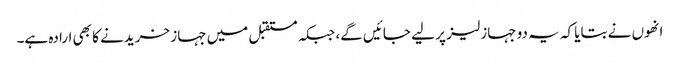
انھوں نے بتایا کہ یہ دو جہاز لیز پر لیے جائیں گے، جبکہ مستقبل میں جہاز خریدنے کا بھی ارادہ ہے۔